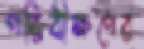
পরিবীক্ষণের